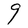
Character: g